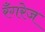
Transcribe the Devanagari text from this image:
रँगरेज